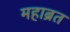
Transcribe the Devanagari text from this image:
महाब्रत